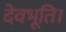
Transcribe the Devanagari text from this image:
देवभूति।